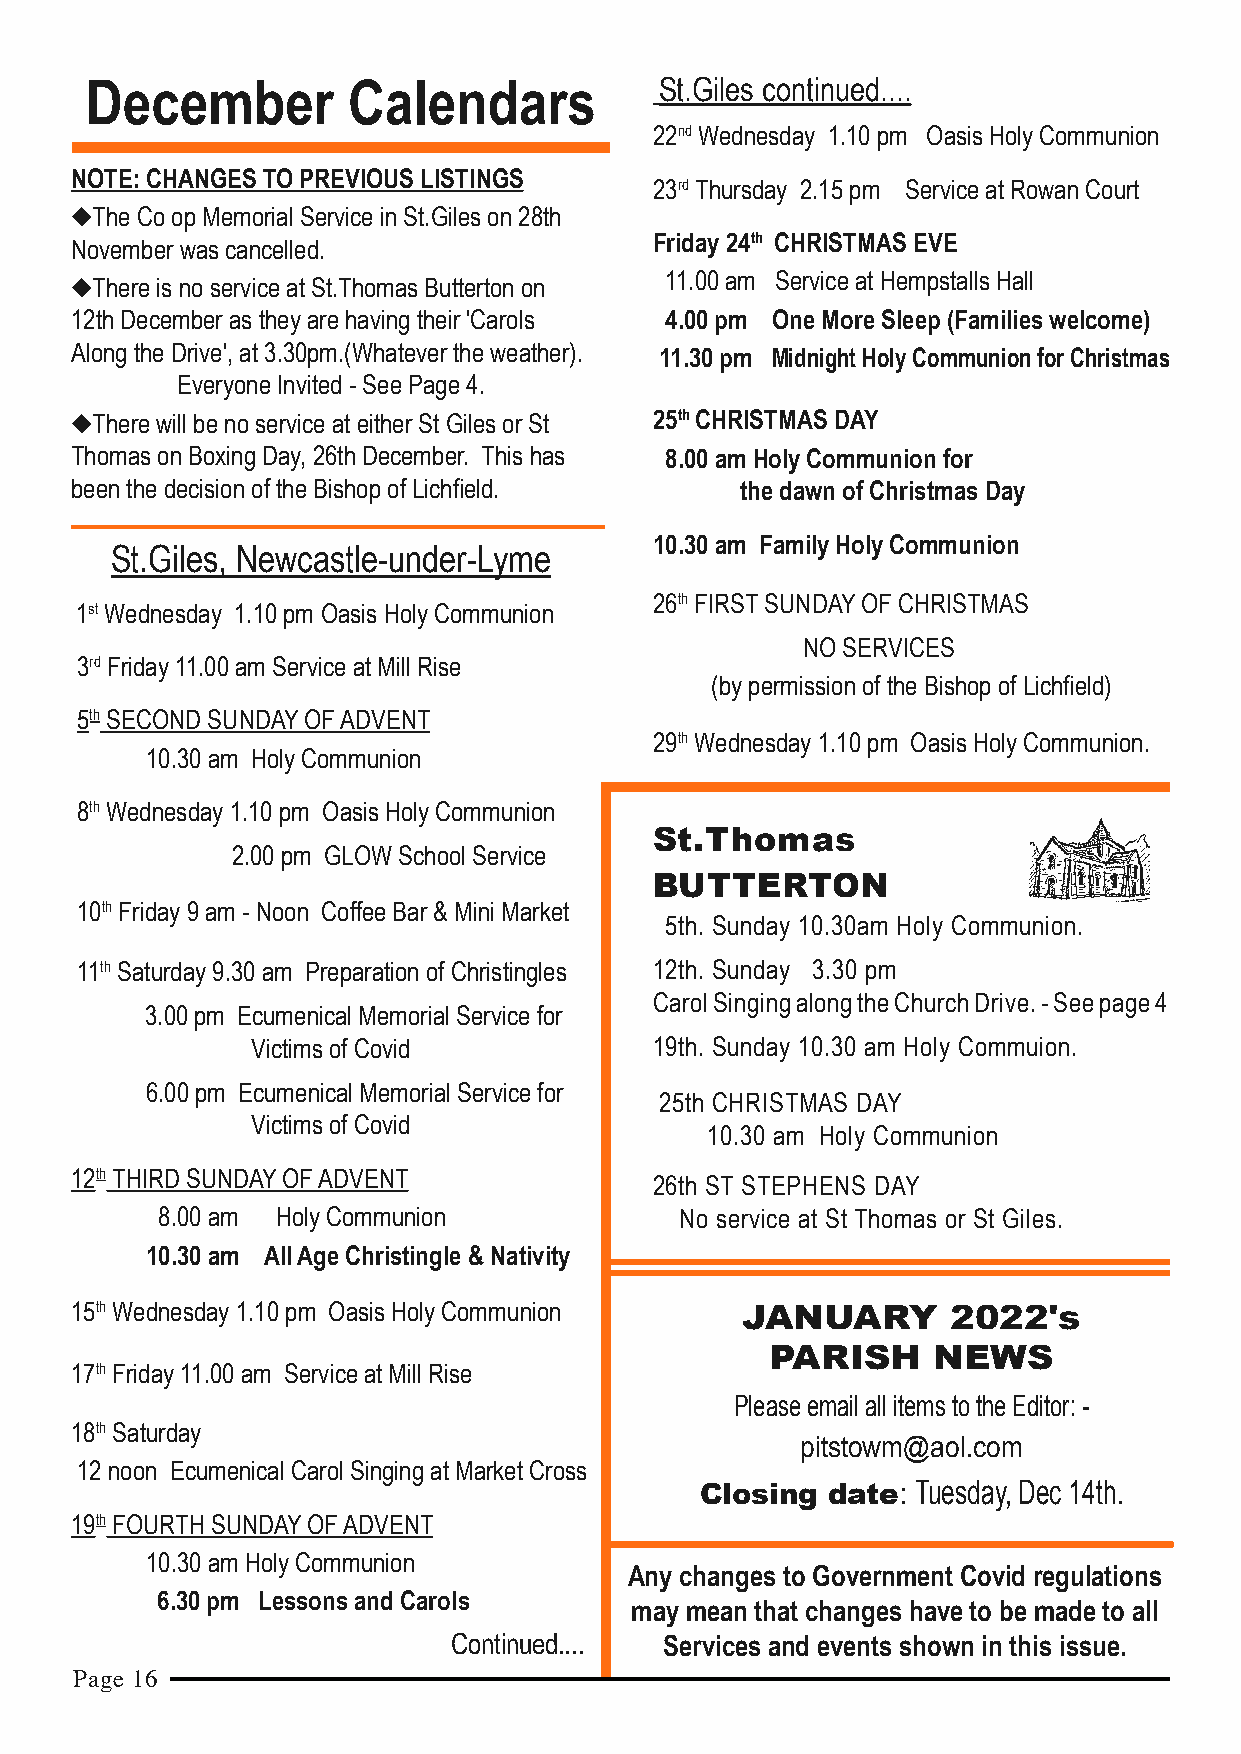
December         Calendars            St.Giles continued....
 22nd Wednesday 1.10 pm Oasis Holy Communion
 NOTE: CHANGES TO PREVIOUS LISTINGS
 23rd Thursday 2.15 pm Service at Rowan Court
 ◆The Co op Memorial Service in St.Giles on 28th
 Friday 24th CHRISTMAS EVE
 November was cancelled.
 ◆There is no service at St.Thomas Butterton on 11.00 am Service at Hempstalls Hall
 12th December as they are having their 'Carols 4.00 pm One More Sleep (Families welcome)
 Along the Drive', at 3.30pm.(Whatever the weather). 11.30 pm Midnight Holy Communion for Christmas
 Everyone Invited - See Page 4.
 ◆There will be no service at either St Giles or St 25th CHRISTMAS DAY
 Thomas on Boxing Day, 26th December. This has 8.00 am Holy Communion for
 been the decision of the Bishop of Lichfield. the dawn of Christmas Day
 10.30 am Family Holy Communion
 St.Giles, Newcastle-under-Lyme
 26th FIRST SUNDAY OF CHRISTMAS
 1st Wednesday 1.10 pm Oasis Holy Communion
 NO SERVICES
 3rd Friday 11.00 am Service at Mill Rise
 (by permission of the Bishop of Lichfield)
 5th SECOND SUNDAY OF ADVENT
 29th Wednesday 1.10 pm Oasis Holy Communion.
 10.30 am Holy Communion
 8th Wednesday 1.10 pm Oasis Holy Communion
 St.Thomas
 2.00 pm GLOW School Service
 BUTTERTON
 10th Friday 9 am - Noon Coffee Bar & Mini Market
 5th. Sunday 10.30am Holy Communion.
 11th Saturday 9.30 am Preparation of Christingles 12th. Sunday 3.30 pm
 Carol Singing along the Church Drive. - See page 4
 3.00 pm Ecumenical Memorial Service for
 Victims of Covid          19th. Sunday 10.30 am Holy Commuion.
 6.00 pm Ecumenical Memorial Service for
 25th CHRISTMAS DAY
 Victims of Covid
 10.30 am Holy Communion
 12th THIRD SUNDAY OF ADVENT
 26th ST STEPHENS DAY
 8.00 am Holy Communion             No service at St Thomas or St Giles.
 10.30 am All Age Christingle & Nativity
 15th Wednesday 1.10 pm Oasis Holy Communion JANUARY       2022's
 PARISH     NEWS
 17th Friday 11.00 am Service at Mill Rise
 Please email all items to the Editor: -
 18th Saturday
 pitstowm@aol.com
 12 noon Ecumenical Carol Singing at Market Cross
 Closing  date: Tuesday, Dec 14th.
 19th FOURTH SUNDAY OF ADVENT
 10.30 am Holy Communion
 Any changes to Government Covid regulations
 6.30 pm Lessons and Carols
 may mean that changes have to be made to all
 Continued.... Services and events shown in this issue.
 Page 16